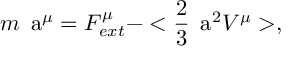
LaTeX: m \mathrm { \Large ~ a } ^ { \mu } = F _ { e x t } ^ { \mu } - < \frac { 2 } { 3 } { \mathrm { \Large ~ a } } ^ { 2 } V ^ { \mu } > ,